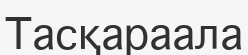
Тасқараала